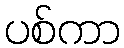
ပစ်ကာ